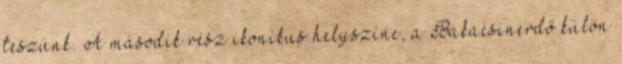
teszünk. A második rész ikonikus helyszíne, a Bakacsinerdő külön